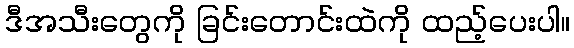
ဒီအသီးတွေကို ခြင်းတောင်းထဲကို ထည့်ပေးပါ။